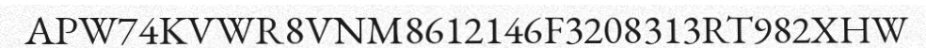
APW74KVWR8VNM8612146F3208313RT982XHW